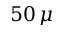
5 0 \, \mu